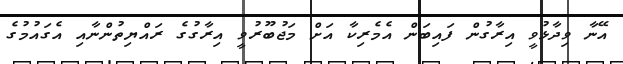
އޭނާ ވިދާޅުވީ އިރާގުން ފައިބަން އެމެރިކާ އަށް މަޖުބޫރުވީ އިރާގުގެ ރައްޔިތުންނާއި އެގައުމުގެ